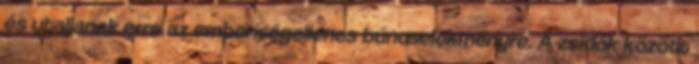
és utaljanak erre az emberiségellenes bűncselekményre. A zsidók között